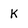
Character: k